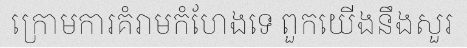
ក្រោមការគំរាមកំហែងទេ ពួកយើងនឹងសួរ